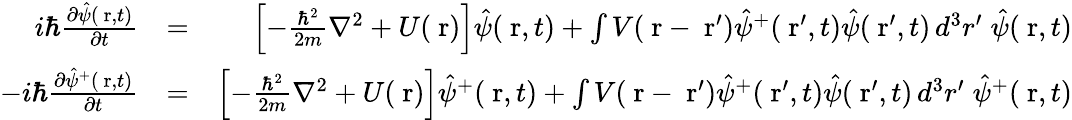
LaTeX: \begin{array}{rlr}{i\hbar\frac{\partial\hat{\psi}(\mathrm{\mathbf~r},t)}{\partial t}}&{=}&{\left[-\frac{\hbar^{2}}{2m}\nabla^{2}+U(\mathrm{\mathbf~r})\right]\hat{\psi}(\mathrm{\mathbf~r},t)+\int V(\mathrm{\mathbf~r}-\mathrm{\mathbf~r}^{\prime})\hat{\psi}^{+}(\mathrm{\mathbf~r}^{\prime},t)\hat{\psi}(\mathrm{\mathbf~r}^{\prime},t)\, d^{3}r^{\prime}\; \hat{\psi}(\mathrm{\mathbf~r},t)}\\ {-i\hbar\frac{\partial\hat{\psi}^{+}(\mathrm{\mathbf~r},t)}{\partial t}}&{=}&{\left[-\frac{\hbar^{2}}{2m}\nabla^{2}+U(\mathrm{\mathbf~r})\right]\hat{\psi}^{+}(\mathrm{\mathbf~r},t)+\int V(\mathrm{\mathbf~r}-\mathrm{\mathbf~r}^{\prime})\hat{\psi}^{+}(\mathrm{\mathbf~r}^{\prime},t)\hat{\psi}(\mathrm{\mathbf~r}^{\prime},t)\, d^{3}r^{\prime}\; \hat{\psi}^{+}(\mathrm{\mathbf~r},t)}\end{array}